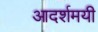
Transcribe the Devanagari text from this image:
आदर्शमयी